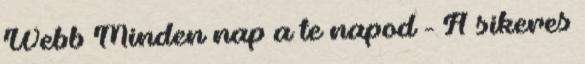
Webb Minden nap a te napod - A sikeres